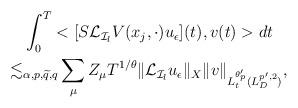
LaTeX: \begin{align*}\begin{aligned}&\int_0^T<[S\mathcal{L}_{\mathcal{I}_l}V(x_j,\cdot)u_\epsilon](t),v(t)>dt\\\lesssim&_{\alpha,p,\widetilde{q},q} \sum_{\mu}Z_\mu T^{1/\theta}\|\mathcal{L}_{\mathcal{I}_l}u_\epsilon\|_X\|v\|_{L_t^{\theta_p'}(L^{p',2}_D)},\end{aligned}\end{align*}